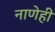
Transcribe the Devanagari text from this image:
नाणेही